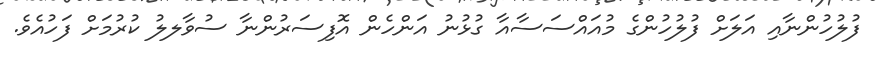
ފުލުހުންނާއި އަލަށް ފުލުހުންގެ މުއައްސަސާއާ ގުޅުނު އަންހެން އޮފިސަރުންނާ ސުވާލލު ކުރުމަށް ފަހުއެވެ.